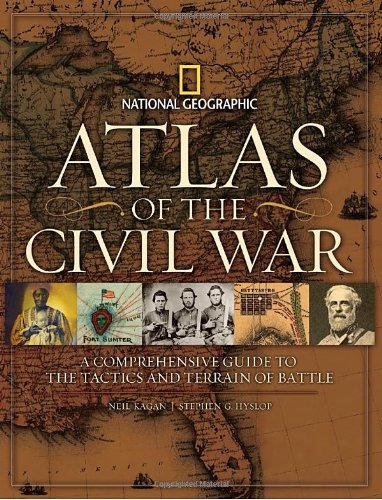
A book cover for Atlas of the Civil War: A Complete Guide to the Tactics and Terrain of Battle; Stephen Hyslop; History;